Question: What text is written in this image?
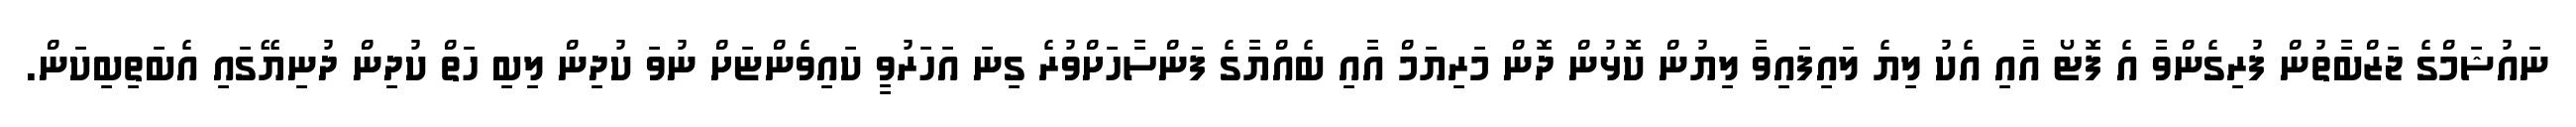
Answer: ނައުޝަމްގެ ޖަޒްބާތުން ފުރިގެންވާ އެ ފޮޓޯ އާއި އެކު ލިޔެ ލައިފައިވާ ލިޔުން ކޮޅުން ދޮން މަރިޔަމް އާއި ބެއްޔާގެ ފަންސާހަށްވުރެ ގިނަ އަހަރުވީ ކައިވެންޏަށް ނުވަ ކުދިން ލިބި ހަތް ކުދިން ދުނިޔޭގައި އެބަތިބިކަން.